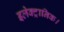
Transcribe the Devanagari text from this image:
इलेक्ट्रानिक।